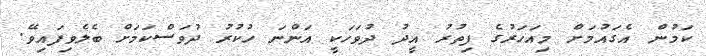
ކަމުން އެގައުމަށް މިއަހަރުގެ ފިތުރު އީދު ދުވަހަކީ އަންނަ ހުކުރު ދުވަސްކަމަށް ބެލެވިފައިވޭ.